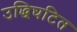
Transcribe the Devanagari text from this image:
उद्धिघटित